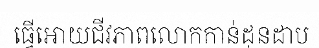
ធ្វើអោយជីវភាពលោកកាន់ដុនដាប